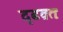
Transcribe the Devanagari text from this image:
दृढव्रतः